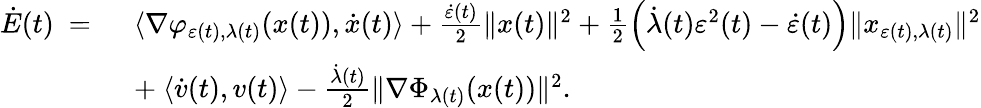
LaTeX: \begin{array}{rl}{\dot{E}(t)\ =\ }&{\langle\nabla\varphi_{\varepsilon(t),\lambda(t)}(x(t)),\dot{x}(t)\rangle+\frac{\dot{\varepsilon}(t)}{2}\| x(t)\| ^{2}+\frac{1}{2}\left(\dot{\lambda}(t)\varepsilon^{2}(t)-\dot{\varepsilon}(t)\right)\| x_{\varepsilon(t),\lambda(t)}\| ^{2}}\\ &{+\ \langle\dot{v}(t),v(t)\rangle-\frac{\dot{\lambda}(t)}{2}\| \nabla\Phi_{\lambda(t)}(x(t))\| ^{2}.}\end{array}